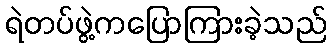
ရဲတပ်ဖွဲ့ကပြောကြားခဲ့သည်